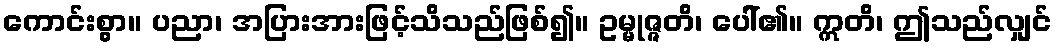
ကောင်းစွာ။ ပညာ၊ အပြားအားဖြင့်သိသည်ဖြစ်၍။ ဥမ္မုဇ္ဇတိ၊ ပေါ်၏။ ဣတိ၊ ဤသည်လျှင်